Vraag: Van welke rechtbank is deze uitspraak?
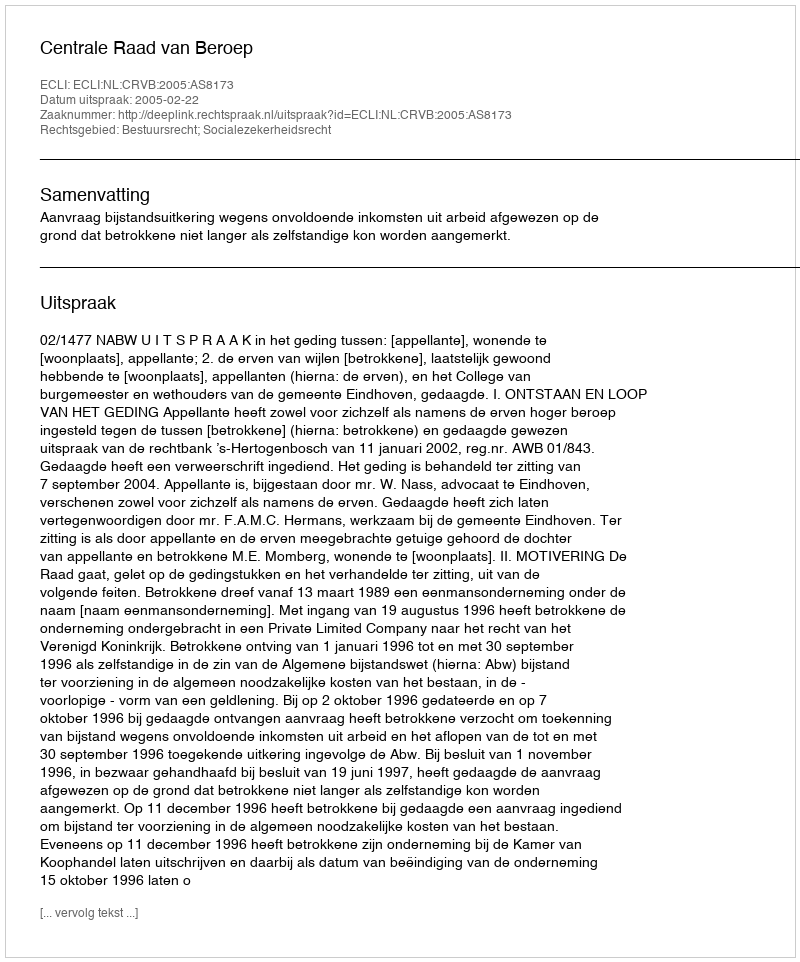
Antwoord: Centrale Raad van Beroep